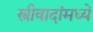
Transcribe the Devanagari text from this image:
स्त्रीवादांमध्ये